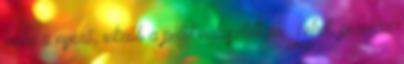
lenne a nyerő, inkább a pólót választottam. Lehet, perverz